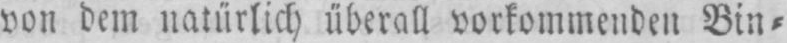
von dem natürlich überall vorkommenden Bin⸗